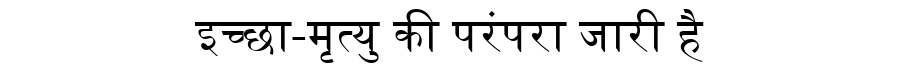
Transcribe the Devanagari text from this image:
इच्छा-मृत्यु की परंपरा जारी है